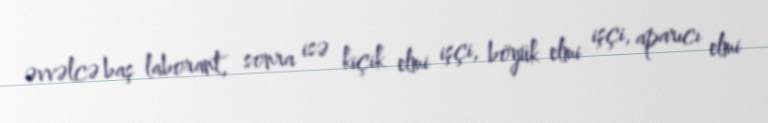
əvvəlcə baş laborant, sonra isə kiçik elmi işçi, böyük elmi işçi, aparıcı elmi